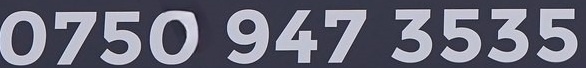
0750 947 3535